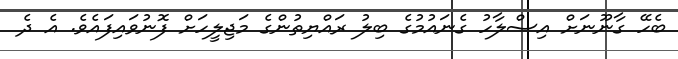
ބެހޭ ގާނޫނަށް އިސްލާހު ގެނައުމުގެ ބިލު ރައްޔިތުންގެ މަޖިލީހަށް ފޮނުވައިފައެވެ. އެ ދެ